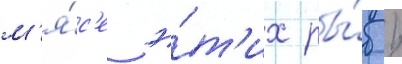
м'я́с'е э́т'их ры́б /